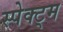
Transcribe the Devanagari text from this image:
स्पेक्ट्म